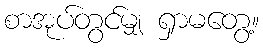
စာအုပ်တွင်မျှ ရှာမတွေ့။